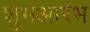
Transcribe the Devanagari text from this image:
शुभआरंभ